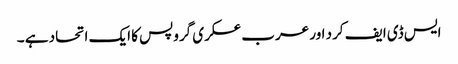
ایس ڈی ایف کرد اور عرب عسکری گروپس کا ایک اتحاد ہے ۔